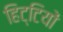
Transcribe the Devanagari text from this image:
हिट्टियों